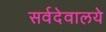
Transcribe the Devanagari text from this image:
सर्वदेवालये